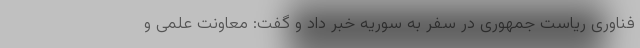
فناوری ریاست جمهوری در سفر به سوریه خبر داد و گفت: معاونت علمی و